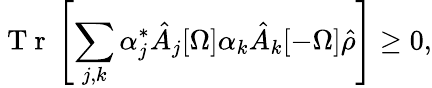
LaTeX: \mathrm{~T~r~}\left[\sum_{j,k}\alpha_{j}^{*}\hat{A}_{j}[\Omega]\alpha_{k}\hat{A}_{k}[-\Omega]\hat{\rho}\right]\geq 0,